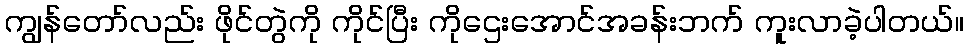
ကျွန်တော်လည်း ဖိုင်တွဲကို ကိုင်ပြီး ကိုဌေးအောင်အခန်းဘက် ကူးလာခဲ့ပါတယ်။